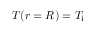
T ( r = R ) = T _ { \mathrm { i } }